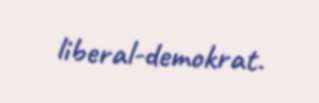
liberal-demokrat.